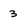
Character: 3